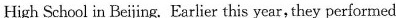
High School in Beijing. Earlier this year, they performed